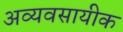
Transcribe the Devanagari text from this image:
अव्यवसायीक